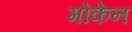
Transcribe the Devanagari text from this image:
मोंकेन